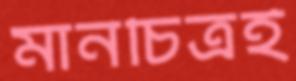
মানচিত্রই